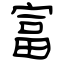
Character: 富